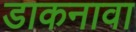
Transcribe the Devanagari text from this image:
डाकनावा